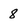
Character: 8